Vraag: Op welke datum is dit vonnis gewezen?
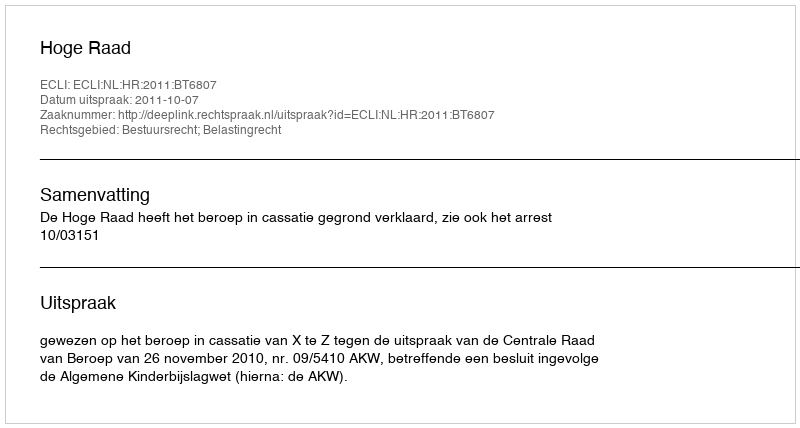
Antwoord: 2011-10-07